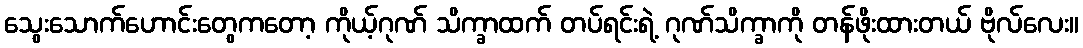
သွေးသောက်ဟောင်းတွေကတော့ ကိုယ့်ဂုဏ် သိက္ခာထက် တပ်ရင်းရဲ့ ဂုဏ်သိက္ခာကို တန်ဖိုးထားတယ် ဗိုလ်လေး။